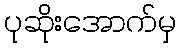
ပုဆိုးအောက်မှ